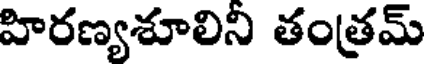
హిరణ్యశూలిని తంత్రమ్